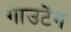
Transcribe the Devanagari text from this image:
गाउटेंग